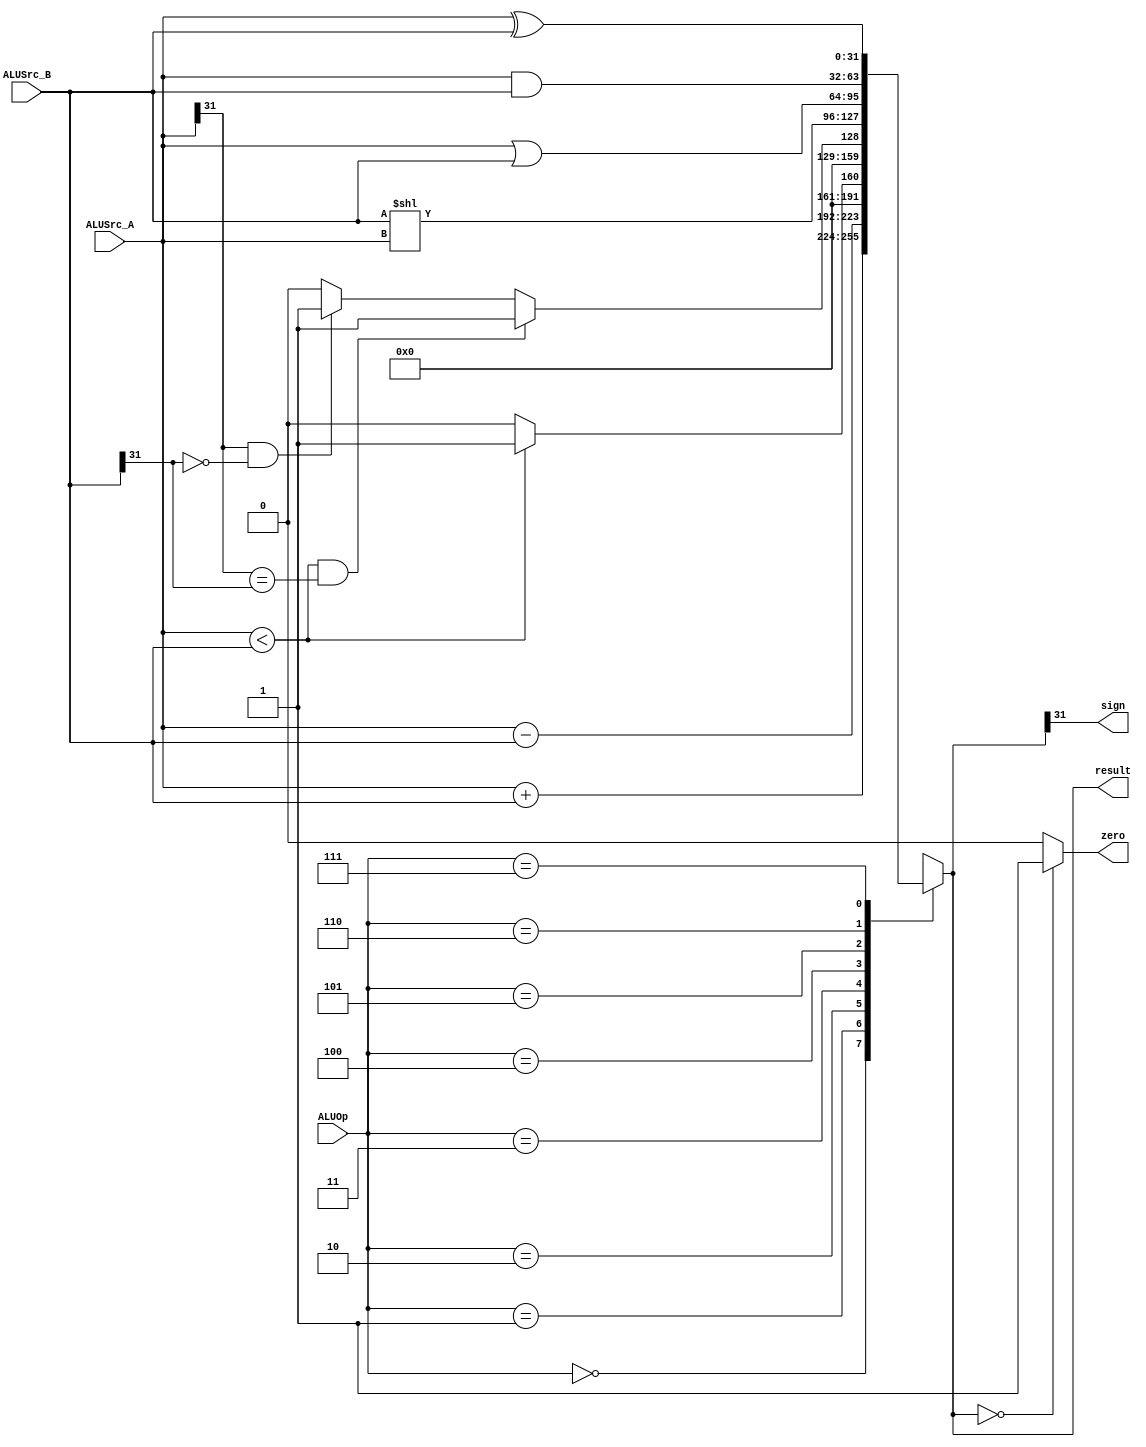
`timescale 1ns / 1ps
//////////////////////////////////////////////////////////////////////////////////
// Company: 
// Engineer: 
// 
// Design Name: 
// Module Name: ALU
// Project Name: 
// Target Devices: 
// Tool Versions: 
// Description: 
// 
// Dependencies: 
// 
// Revision:
// Revision 0.01 - File Created
// Additional Comments:
// 
//////////////////////////////////////////////////////////////////////////////////


module ALU_32bits(ALUSrc_A, ALUSrc_B, ALUOp, result, zero, sign);
    input [31:0] ALUSrc_A;    
    input [31:0] ALUSrc_B;
    input [2:0] ALUOp; 
    output reg [31:0] result;
    output zero, sign;    
                
    assign zero = (result == 0 ? 1 : 0); 
    assign sign = result[31];                      
    always@(ALUOp or ALUSrc_A or ALUSrc_B) begin        
        case(ALUOp)          
            3'b000 : result = ALUSrc_A + ALUSrc_B;          
            3'b001 : result = ALUSrc_A - ALUSrc_B;   
            3'b010 : result = (ALUSrc_A < ALUSrc_B) ? 1 : 0;    //           
            3'b011 : begin                                      //                      
                        if (ALUSrc_A < ALUSrc_B && (ALUSrc_A[31] ==  ALUSrc_B[31]))                            
                            result = 1;                   
                        else if (ALUSrc_A[31] == 1 && ALUSrc_B[31] == 0)  
                            result = 1;                    
                        else result = 0;                           
                     end     
            3'b100 : result = ALUSrc_B << ALUSrc_A;     
            3'b101 : result = ALUSrc_A | ALUSrc_B;            
            3'b110 : result = ALUSrc_A & ALUSrc_B;
            3'b111 : result = ALUSrc_A ^ ALUSrc_B;      
            default : begin                             
                $display (" no match in ALU32\n");           
            end         
        endcase     
    end 
endmodule